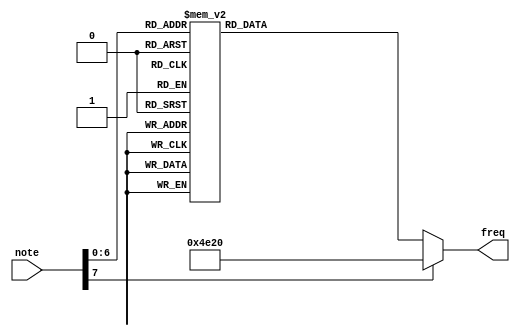

module note_decoder (
    input [7:0] note,
    output reg [31:0] freq
);
    always @ (*) begin
        case (note)
            8'h18 : freq = 32'd262 >> 3;//C
            8'h19 : freq = 32'd277 >> 3;//C#
            8'h1A : freq = 32'd294 >> 3;//D
            8'h1B : freq = 32'd311 >> 3;//D#
            8'h1C : freq = 32'd330 >> 3;//E
            8'h1D : freq = 32'd349 >> 3;//F
            8'h1E : freq = 32'd370 >> 3;//F#
            8'h1F : freq = 32'd392 >> 3;//G
            8'h20 : freq = 32'd415 >> 3;//G#
            8'h21 : freq = 32'd440 >> 3;//A
            8'h22 : freq = 32'd466 >> 3;//A#
            8'h23 : freq = 32'd494 >> 3;//B
            8'h24 : freq = 32'd262 >> 2;//C
            8'h25 : freq = 32'd277 >> 2;//C#
            8'h26 : freq = 32'd294 >> 2;//D
            8'h27 : freq = 32'd311 >> 2;//D#
            8'h28 : freq = 32'd330 >> 2;//E
            8'h29 : freq = 32'd349 >> 2;//F
            8'h2A : freq = 32'd370 >> 2;//F#
            8'h2B : freq = 32'd392 >> 2;//G
            8'h2C : freq = 32'd415 >> 2;//G#
            8'h2D : freq = 32'd440 >> 2;//A
            8'h2E : freq = 32'd466 >> 2;//A#
            8'h2F : freq = 32'd494 >> 2;//B
            8'h30 : freq = 32'd262 >> 1;//C
            8'h31 : freq = 32'd277 >> 1;//C#
            8'h32 : freq = 32'd294 >> 1;//D
            8'h33 : freq = 32'd311 >> 1;//D#
            8'h34 : freq = 32'd330 >> 1;//E
            8'h35 : freq = 32'd349 >> 1;//F
            8'h36 : freq = 32'd370 >> 1;//F#
            8'h37 : freq = 32'd392 >> 1;//G
            8'h38 : freq = 32'd415 >> 1;//G#
            8'h39 : freq = 32'd440 >> 1;//A
            8'h3A : freq = 32'd466 >> 1;//A#
            8'h3B : freq = 32'd494 >> 1;//B
            8'h3C : freq = 32'd262;//C
            8'h3D : freq = 32'd277;//C#
            8'h3E : freq = 32'd294;//D
            8'h3F : freq = 32'd311;//D#
            8'h40 : freq = 32'd330;//E
            8'h41 : freq = 32'd349;//F
            8'h42 : freq = 32'd370;//F#
            8'h43 : freq = 32'd392;//G
            8'h44 : freq = 32'd415;//G#
            8'h45 : freq = 32'd440;//A
            8'h46 : freq = 32'd466;//A#
            8'h47 : freq = 32'd494;//B
            8'h48 : freq = 32'd262 << 1;//C
            8'h49 : freq = 32'd277 << 1;//C#
            8'h4A : freq = 32'd294 << 1;//D
            8'h4B : freq = 32'd311 << 1;//D#
            8'h4C : freq = 32'd330 << 1;//E
            8'h4D : freq = 32'd349 << 1;//F
            8'h4E : freq = 32'd370 << 1;//F#
            8'h4F : freq = 32'd392 << 1;//G
            8'h50 : freq = 32'd415 << 1;//G#
            8'h51 : freq = 32'd440 << 1;//A
            8'h52 : freq = 32'd466 << 1;//A#
            8'h53 : freq = 32'd494 << 1;//B
            8'h54 : freq = 32'd262 << 2;//C
            8'h55 : freq = 32'd277 << 2;//C#
            8'h56 : freq = 32'd294 << 2;//D
            8'h57 : freq = 32'd311 << 2;//D#
            8'h58 : freq = 32'd330 << 2;//E
            8'h59 : freq = 32'd349 << 2;//F
            8'h5A : freq = 32'd370 << 2;//F#
            8'h5B : freq = 32'd392 << 2;//G
            8'h5C : freq = 32'd415 << 2;//G#
            8'h5D : freq = 32'd440 << 2;//A
            8'h5E : freq = 32'd466 << 2;//A#
            8'h5F : freq = 32'd494 << 2;//B
            8'h60 : freq = 32'd262 << 3;//C
            8'h61 : freq = 32'd277 << 3;//C#
            8'h62 : freq = 32'd294 << 3;//D
            8'h63 : freq = 32'd311 << 3;//D#
            8'h64 : freq = 32'd330 << 3;//E
            8'h65 : freq = 32'd349 << 3;//F
            8'h66 : freq = 32'd370 << 3;//F#
            8'h67 : freq = 32'd392 << 3;//G
            8'h68 : freq = 32'd415 << 3;//G#
            8'h69 : freq = 32'd440 << 3;//A
            8'h6A : freq = 32'd466 << 3;//A#
            8'h6B : freq = 32'd494 << 3;//B
            default       : freq = 32'd20000;
        endcase
    end
endmodule

module gen_track_triangle(
    input clk,
    input reset,
    input on,
    input out_valid, // ignore the following if it's invalid
    input on_off, // if this note is to be turned on or off
    input [7:0] note,
    output wire [11:0] num
);
    wire [9:0] num_1, num_2, num_3, num_4;
    reg [3:0] select;
    reg [7:0] note_1, note_2, note_3, note_4;

    assign num = (on) ? (num_1 + num_2 + num_3 + num_4): 0;
    gen_triangle gen_1(
        .clk(clk),
        .reset(reset),
        .num(num_1),
        .on_off(select[0]), 
        .note (note_1)
    );
    gen_triangle gen_2(
        .clk(clk),
        .reset(reset),
        .num(num_2),
        .on_off(select[1]), 
        .note (note_2)
    );
    gen_triangle gen_3(
        .clk(clk),
        .reset(reset),
        .num(num_3),
        .on_off(select[2]), 
        .note (note_3)
    );
    gen_triangle gen_4(
        .clk(clk),
        .reset(reset),
        .num(num_4),
        .on_off(select[3]), 
        .note (note_4)
    );

    always @(posedge clk, posedge reset) begin
        if (reset) begin
            select <= 4'b0;
            note_1 <= 8'b0;
            note_2 <= 8'b0;
            note_3 <= 8'b0;
            note_4 <= 8'b0;
        end else begin
            if (out_valid) begin
                if (on_off) begin
                    if (select[0]==0) begin
                        select[0] <= 1'b1;
                        note_1 <= note;
                    end else if (select[1]==0) begin
                        select[1] <= 1'b1;
                        note_2 <= note;
                    end else if (select[2]==0) begin
                        select[2] <= 1'b1;
                        note_3 <= note;
                    end else if (select[3]==0) begin
                        select[3] <= 1'b1;
                        note_4 <= note;
                    end
                end else begin
                    if (note_1==note) begin
                        select[0] <= 1'b0;
                        note_1 <= 8'b0;
                    end
                    if (note_2==note) begin
                        select[1] <= 1'b0;
                       note_2 <= 8'b0;
                    end
                    if (note_3==note) begin
                        select[2] <= 1'b0;
                        note_3 <= 8'b0;
                    end
                    if (note_4==note) begin
                        select[3] <= 1'b0;
                        note_4 <= 8'b0;
                    end
                end
            end
        end
    end

endmodule

module gen_triangle (
    input clk,
    input reset,
    output reg [9:0] num,
    input on_off, // if this note is to be turned on or off
    input [7:0] note // 0x00~0x7F, 3C is Middle-C, 262 Hz.  "Each value is a 'half-step' above or below the adjacent values"
);
    wire [31:0] freq;
    wire [31:0] count_max = 32'd100_000_000/freq;
    wire [31:0] count_duty = count_max / 32'd2048;
    reg [31:0] count;

    note_decoder nt_d(
        .note(note),
        .freq(freq)
    );

    always @(posedge clk, posedge reset) begin
        if (reset) begin
            count <= 0;
            num <= 10'b0;
        end else begin
            if(on_off)begin
                if (count < count_max) begin
                    count <= count + 1;
                    if (count%count_duty==0)begin
                        if (count < count_max/2) begin
                            num <= (num<10'b11_1111_1111) ? num + 1: num;
                        end else begin
                            num <= (num>10'b0) ? num - 1: num;
                        end
                    end
                end else begin
                    count <= 0;
                    num <= 10'b0;
                end
            end else begin
                count <= 0;
                num <= 10'b0;
            end
        end
    end

endmodule

module gen_track_sawtooth(
    input clk,
    input reset,
    input on,
    input out_valid, // ignore the following if it's invalid
    input on_off, // if this note is to be turned on or off
    input [3:0] volume,
    input [7:0] note,
    output wire [11:0] num
);
    wire [9:0] num_1, num_2, num_3, num_4;
    reg [3:0] select;
    reg [7:0] note_1, note_2, note_3, note_4;

    assign num = (on) ? num_1 + num_2 + num_3 + num_4: 0;
    gen_sawtooth gen_1(
        .clk(clk),
        .reset(reset),
        .num(num_1),
        .on_off(select[0]), 
        .note (note_1)
    );
    gen_sawtooth gen_2(
        .clk(clk),
        .reset(reset),
        .num(num_2),
        .on_off(select[1]), 
        .note (note_2)
    );
    gen_sawtooth gen_3(
        .clk(clk),
        .reset(reset),
        .num(num_3),
        .on_off(select[2]), 
        .note (note_3)
    );
    gen_sawtooth gen_4(
        .clk(clk),
        .reset(reset),
        .num(num_4),
        .on_off(select[3]), 
        .note (note_4)
    );

    always @(posedge clk, posedge reset) begin
        if (reset) begin
            select <= 4'b0;
            note_1 <= 8'b0;
            note_2 <= 8'b0;
            note_3 <= 8'b0;
            note_4 <= 8'b0;
        end else begin
            if (out_valid) begin
                if (on_off) begin
                    if (select[0]==0) begin
                        select[0] <= 1'b1;
                        note_1 <= note;
                    end else if (select[1]==0) begin
                        select[1] <= 1'b1;
                        note_2 <= note;
                    end else if (select[2]==0) begin
                        select[2] <= 1'b1;
                        note_3 <= note;
                    end else if (select[3]==0) begin
                        select[3] <= 1'b1;
                        note_4 <= note;
                    end
                end else begin
                    if (note_1==note) begin
                        select[0] <= 1'b0;
                        note_1 <= 8'b0;
                    end
                    if (note_2==note) begin
                        select[1] <= 1'b0;
                       note_2 <= 8'b0;
                    end
                    if (note_3==note) begin
                        select[2] <= 1'b0;
                        note_3 <= 8'b0;
                    end
                    if (note_4==note) begin
                        select[3] <= 1'b0;
                        note_4 <= 8'b0;
                    end
                end
            end
        end
    end

endmodule
module gen_sawtooth (
    input clk,
    input reset,
    output reg [9:0] num,
    input on_off, // if this note is to be turned on or off
    input [7:0] note // 0x00~0x7F, 3C is Middle-C, 262 Hz.  "Each value is a 'half-step' above or below the adjacent values"
);
    wire [31:0] freq;
    wire [31:0] count_max = 32'd100_000_000/freq;
    wire [31:0] count_duty = count_max / 32'd1024;
    reg [31:0] count;

    note_decoder nt_d(
        .note(note),
        .freq(freq)
    );
    always @(posedge clk, posedge reset) begin
        if (reset) begin
            count <= 0;
            num <= 10'b0;
        end else begin
            if(on_off)begin
                if (count < count_max) begin
                    count <= count + 1;
                    num <= (num<10'b11_1111_1111 & count%count_duty==0) ? num + 1: num;
                end else begin
                    count <= 0;
                    num <= 10'b0;
                end
            end else begin
                count <= 0;
                num <= 10'b0;
            end
        end
    end

endmodule

module gen_square (
    input clk,
    input reset,
    output reg [9:0] num,
    input on_off, // if this note is to be turned on or off
    input [7:0] note // 0x00~0x7F, 3C is Middle-C, 262 Hz.  "Each value is a 'half-step' above or below the adjacent values"
);
    wire [31:0] freq;
    wire [31:0] count_max = 32'd100_000_000/freq;
    wire [31:0] count_duty = count_max / 32'd1024;
    reg [31:0] count;

    note_decoder nt_d(
        .note(note),
        .freq(freq)
    );
    always @(posedge clk, posedge reset) begin
        if (reset) begin
            count <= 0;
            num <= 0;
        end else begin
            if(on_off)begin
                if (count < count_max) begin
                    count <= count + 1;
                    if(count%count_duty==0) begin
                        num <= (num==10'b11_1111_1111) ? 0: 10'b11_1111_1111;
                    end
                end else begin
                    count <= 0;
                    num <= 0;
                end
            end else begin
                count <= 0;
                num <= 0;
            end
        end
    end

endmodule

module PWM_gen_x (
    input clk,
    input reset,
    input [11:0] num_1,
    input [11:0] num_2,
    output reg PWM
);
    reg [12:0] sav_num;

    always @(posedge clk, posedge reset) begin
        if (reset) begin
            sav_num <= 0;
            PWM <= 0;
        end else begin
            if (sav_num>12'b1111_1111_1111) begin
                PWM <= 1;
                sav_num <= sav_num + num_1/8 + num_2/8 - 12'b1111_1111_1111;
            end else begin
                PWM <= 0;
                sav_num <= sav_num + num_1/8 + num_2/8;
            end
        end
    end

endmodule